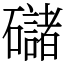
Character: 䃴